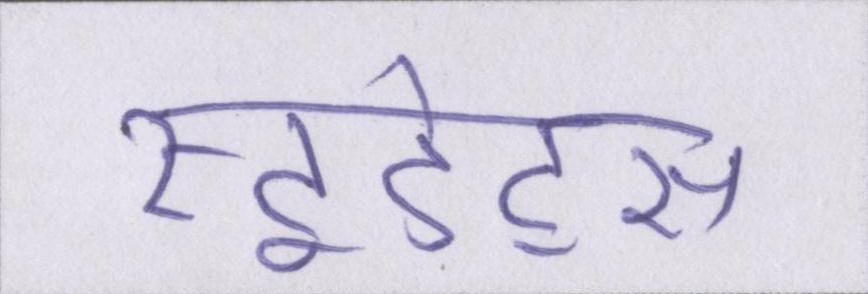
स्टूडेंट्स